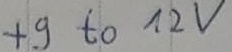
Text: +9 to 12V